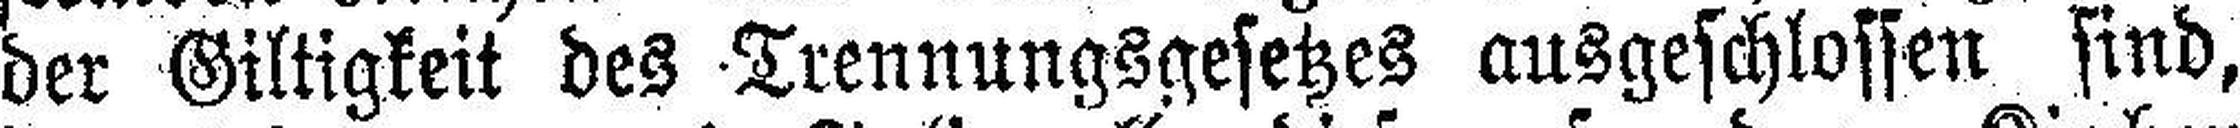
der Giltigkeit des Trennungsgesetzes ausgeschlossen sind,